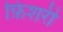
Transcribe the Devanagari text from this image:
फ़िशरी